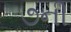
૭ની